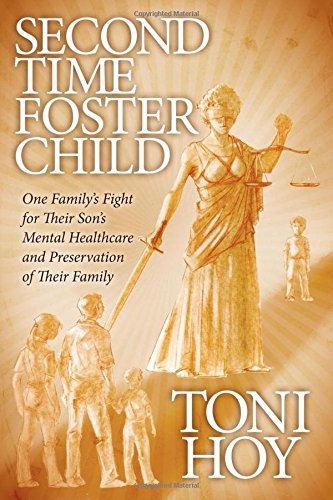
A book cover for Second Time Foster Child: How One Family Adopted a Fight Against the State for their Son's Mental Healthcare while Preserving their Family; Toni Hoy; Law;